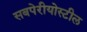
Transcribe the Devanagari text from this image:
सबपेरीयोस्टील